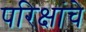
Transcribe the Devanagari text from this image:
परिक्षांचे